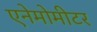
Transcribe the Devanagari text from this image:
एनेमोमीटर